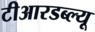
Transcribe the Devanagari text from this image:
टीआरडब्ल्यू